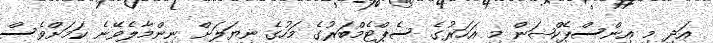
އަދި މި އިންސްޕެކްޝަން މި އަަހަރުގެ ސެޕްޓެމްބަރުގެ މަހުގެ ނިޔަލަށް ނިންމާލެވޭނެ ކަމަށްވެސް